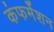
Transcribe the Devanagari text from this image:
कंफर्मेशन